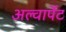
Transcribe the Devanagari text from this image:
अल्वार्पेट